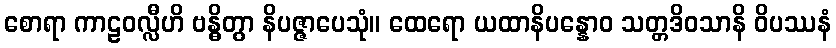
စောရာ ကာဠဝလ္လီဟိ ဗန္ဓိတွာ နိပဇ္ဇာပေသုံ။ ထေရော ယထာနိပန္နောဝ သတ္တဒိဝသာနိ ဝိပဿနံ